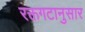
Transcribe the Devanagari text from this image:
रक्तगटानुसार